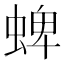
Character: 蜱